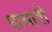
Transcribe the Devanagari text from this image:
घासावी